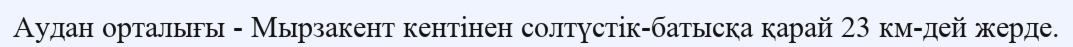
Аудан орталығы - Мырзакент кентінен солтүстік-батысқа қарай 23 км-дей жерде.